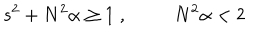
s ^ { 2 } + N ^ { 2 } \alpha \geq 1 \; , N ^ { 2 } \alpha < 2